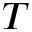
T